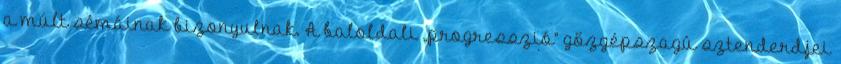
a múlt sémáinak bizonyulnak. A baloldali „progresszió” gőzgépszagú sztenderdjei